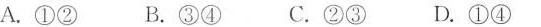
A.①② B.③④ C.②③ D.①④